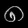
Digit: ၈